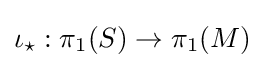
\iota _{\star }:\pi _{1}(S)\rightarrow \pi _{1}(M)